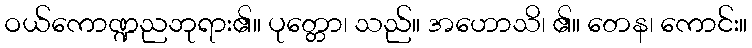
ဝယ်ကောဏ္ဍညဘုရား၏။ ပုတ္တော၊ သည်။ အဟောသိ၊ ၏။ တေန၊ ကောင်း။